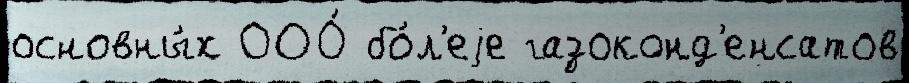
основны́х ООО́ бо́л'еjе газоконд'енсатов